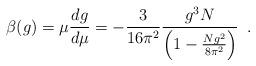
LaTeX: \begin{align*}\beta(g) = \mu \frac{d g}{d \mu} = - \frac{3}{16 \pi^2} \frac{g^3 N}{\left( 1-\frac{N g^2}{8 \pi^2} \right)} \,\,\, .\end{align*}